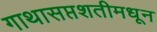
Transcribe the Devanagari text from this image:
गाथासप्तशतीमधून